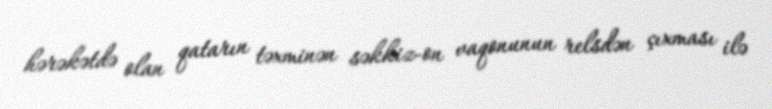
hərəkətdə olan qatarın təxminən səkkiz-on vaqonunun relsdən çıxması ilə